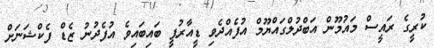
ކުރީގެ ރައީސް މައުމޫން އަބްދުލްގައްޔޫމް އުފެއްދެވި ޑީއާރުޕީ ބައިބައިވެ އުފެދުނު ޒެޑް ފެކްޝަނަށް